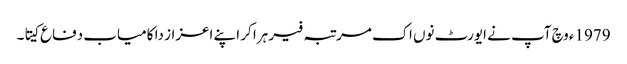
1979ء وچ آپ نے ایورٹ نو‏‏ں اک مرتبہ فیر ہرا کر اپنے اعزاز دا کامیاب دفاع کیتا۔